255_413270_UFO's_and_Defense_What_Should_we_Prepare_For
Agency: NASA
Page 92
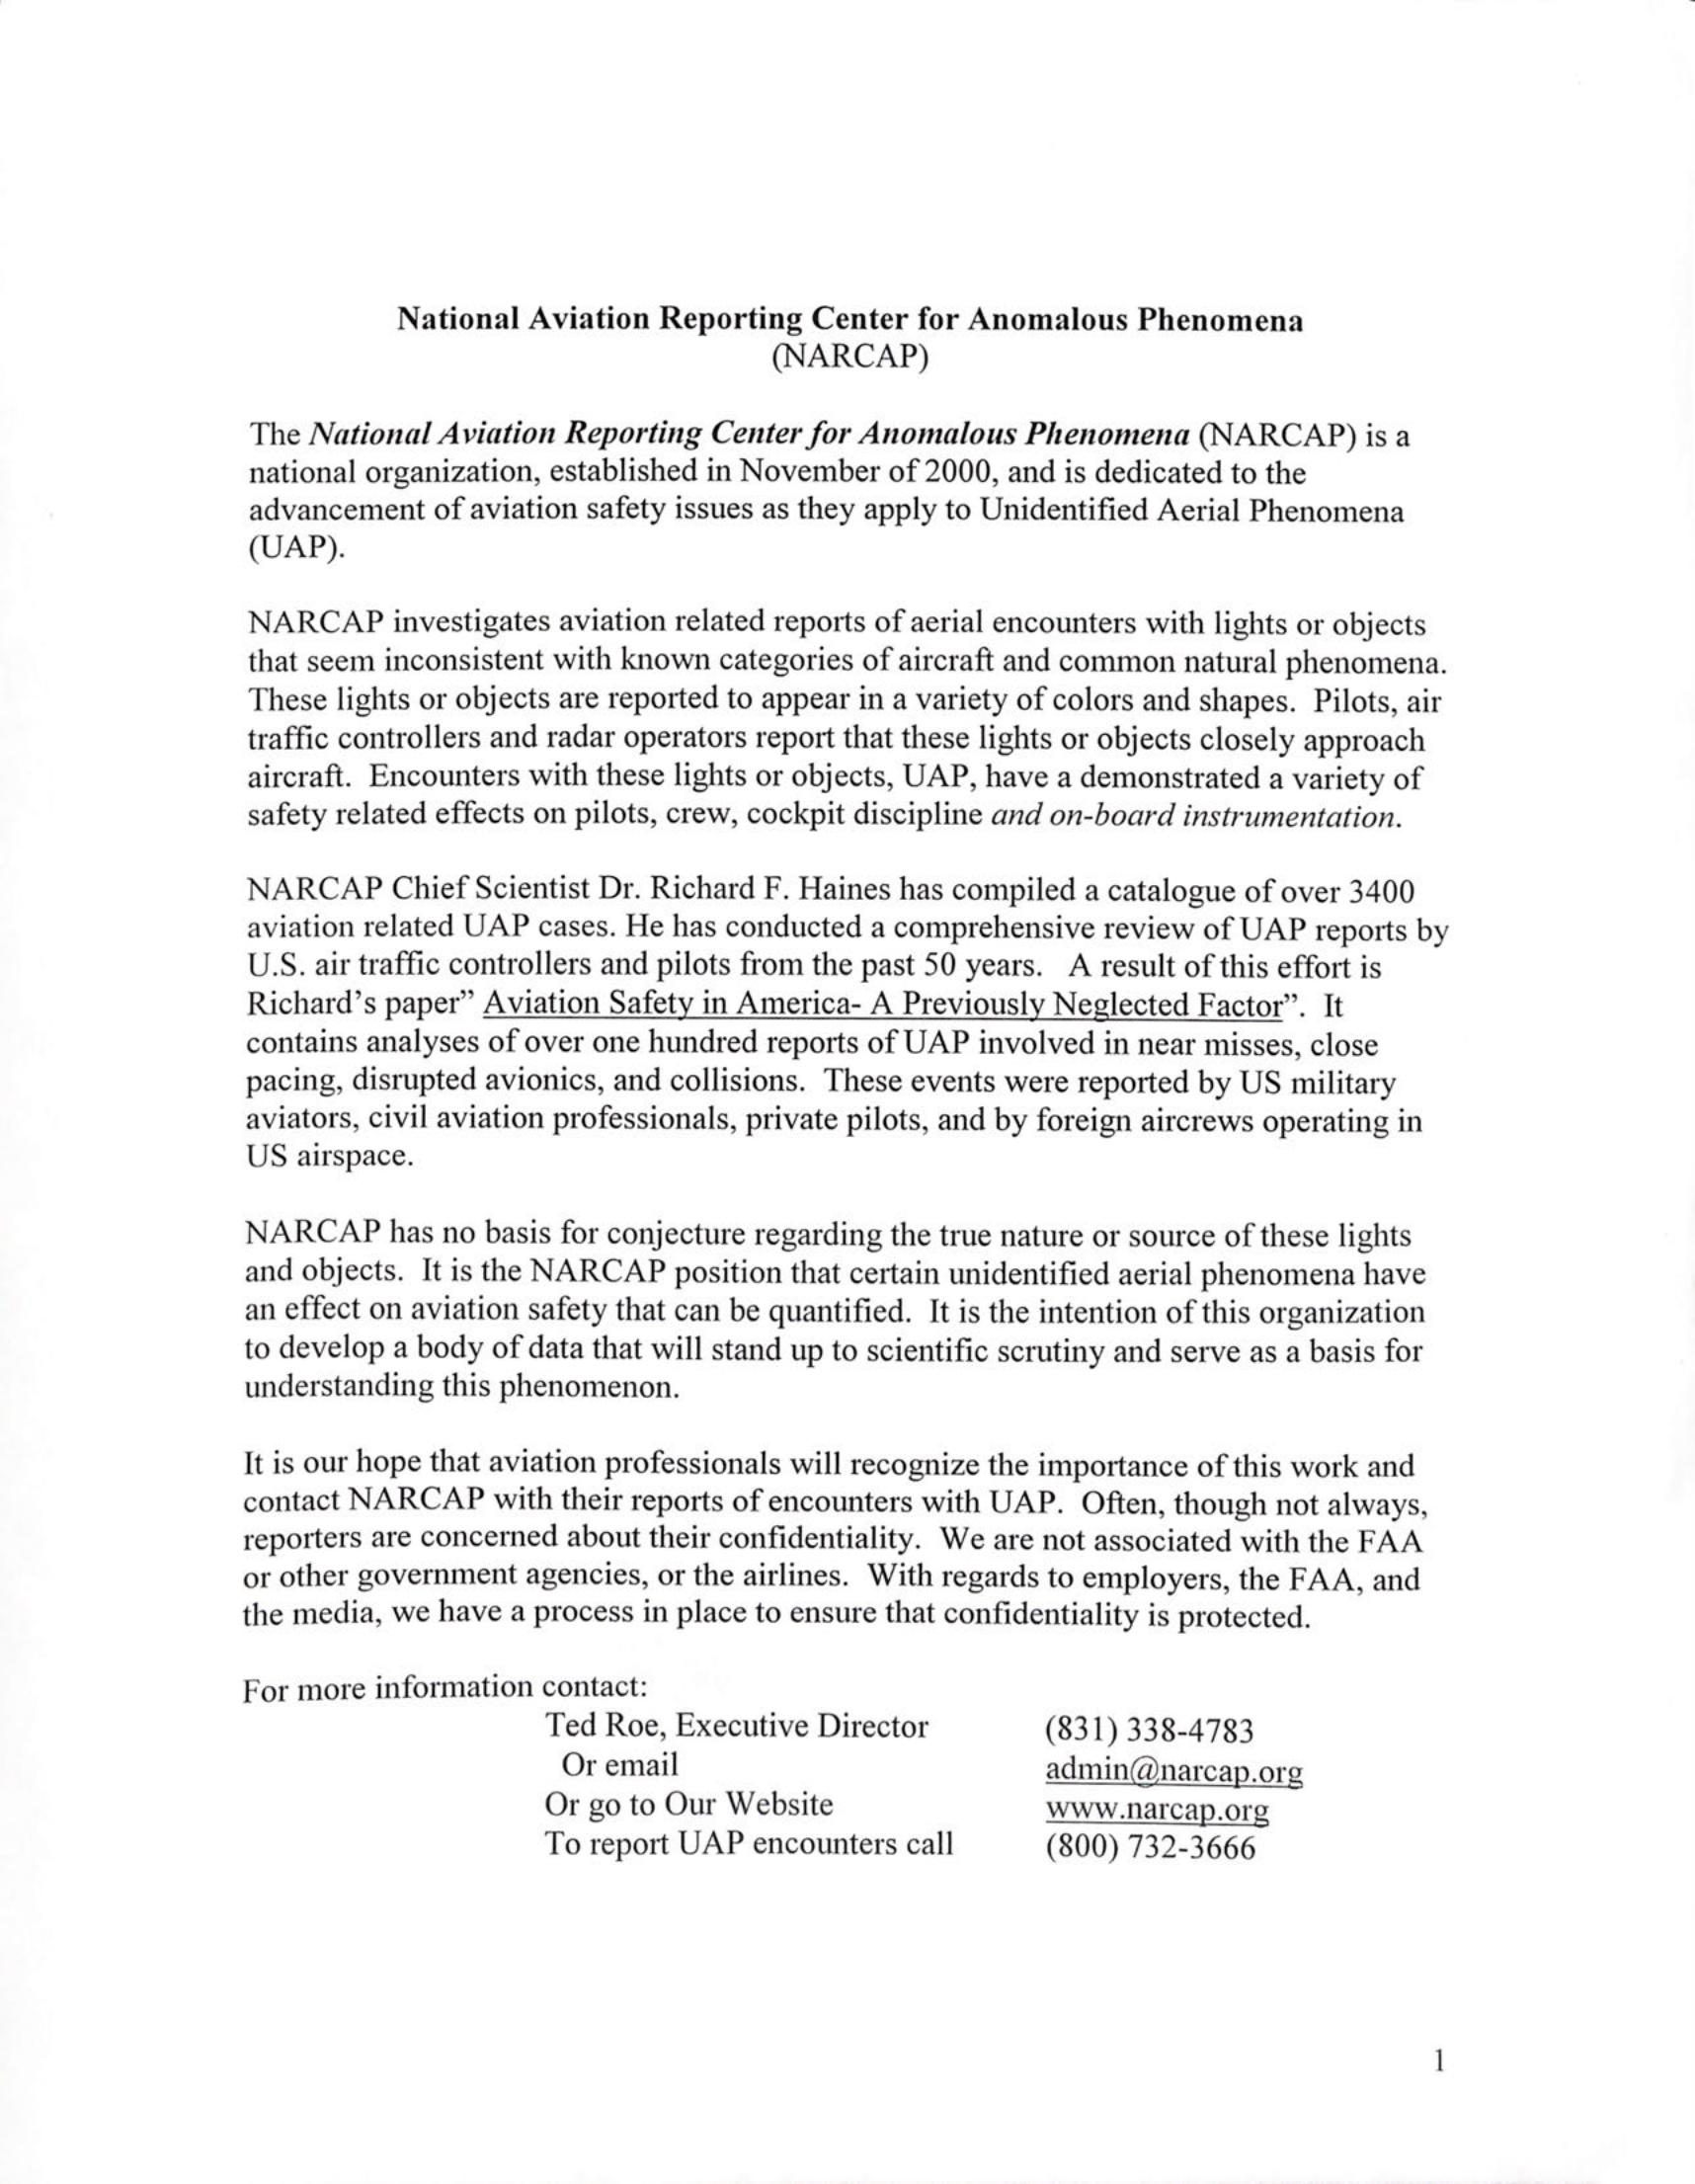